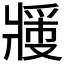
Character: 𬌉